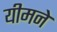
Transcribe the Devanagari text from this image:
यीमने